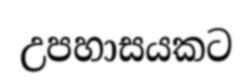
උපහාසයකට